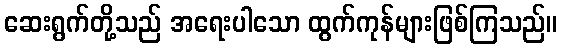
ဆေးရွက်တို့သည် အရေးပါသော ထွက်ကုန်များဖြစ်ကြသည်။